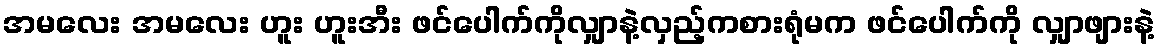
အမလေး အမလေး ဟူး ဟူးအီး ဖင်ပေါက်ကိုလျှာနဲ့လှည့်ကစားရုံမက ဖင်ပေါက်ကို လျှာဖျားနဲ့